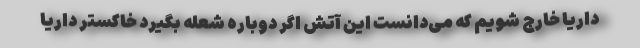
داریا خارج شویم که می‌دانست این آتش اگر دوباره شعله بگیرد خاکستر داریا